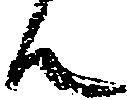
ん